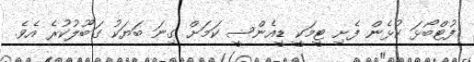
ފުޓްބޯޅަ ކުޅެން ފެށި ޓީމަކީ ޑީއެންސީ ކަމަށް ގިނަ ބަޔަކު ގަބޫލުކުރެ އެވެ.